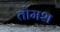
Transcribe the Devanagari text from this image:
तोमश